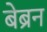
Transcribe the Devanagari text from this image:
बेब्रन